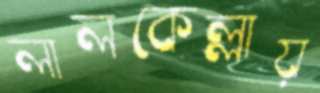
লালকেল্লায়